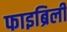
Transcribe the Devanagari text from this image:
फाइब्रिली